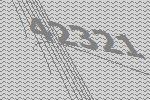
42321